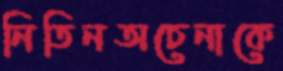
নিতিনঅচেনাকে